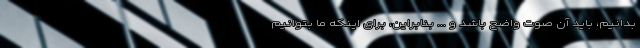
بدانیم، باید آن صوت واضح باشد و ... بنابراین، برای اینکه ما بتوانیم